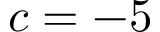
c = - 5